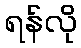
ရန်လို